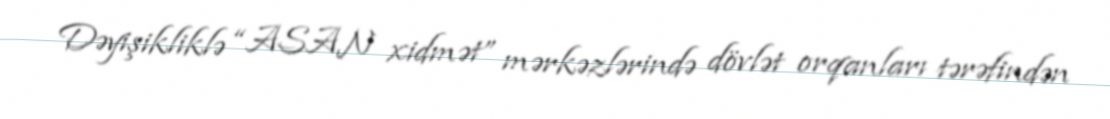
Dəyişikliklə “ASAN xidmət” mərkəzlərində dövlət orqanları tərəfindən